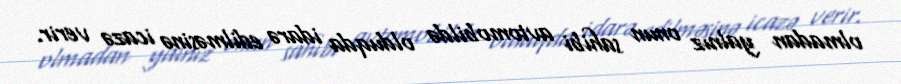
olmadan yalnız onun sahibi avtomobildə olduqda idarə edilməsinə icazə verir.